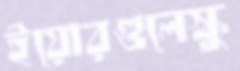
ইয়োরগুলেস্কু